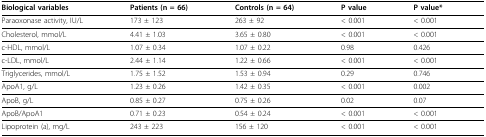
| Biological variables | Patients (n = 66) | Controls (n = 64) | P value | P value* |
 | --- | --- | --- | --- | --- |
 | Paraoxonase activity, IU/L | 173 ± 123 | 263 ± 92 | < 0.001 | < 0.001 |
 | Cholesterol, mmol/L | 4.41 ± 1.03 | 3.65 ± 0.80 | < 0.001 | < 0.001 |
 | c-HDL, mmol/L | 1.07 ± 0.34 | 1.07 ± 0.22 | 0.98 | 0.426 |
 | c-LDL, mmol/L | 2.44 ± 1.14 | 1.22 ± 0.66 | < 0.001 | < 0.001 |
 | Triglycerides, mmol/L | 1.75 ± 1.52 | 1.53 ± 0.94 | 0.29 | 0.746 |
 | ApoA1, g/L | 1.23 ± 0.26 | 1.42 ± 0.35 | < 0.001 | 0.002 |
 | ApoB, g/L | 0.85 ± 0.27 | 0.75 ± 0.26 | 0.02 | 0.07 |
 | ApoB/ApoA1 | 0.71 ± 0.23 | 0.54 ± 0.24 | < 0.001 | < 0.001 |
 | Lipoprotein (a), mg/L | 243 ± 223 | 156 ± 120 | < 0.001 | < 0.001 |